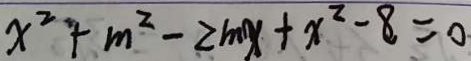
x ^ { 2 } + m ^ { 2 } - 2 m x + x ^ { 2 } - 8 = 0